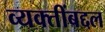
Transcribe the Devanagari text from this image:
व्यक्तींबद्दल